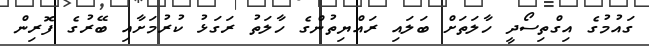
ގައުމުގެ އިގްތިސޯދީ ހާލަތަށް ބަލައި ރައްޔިތުންގެ ހާލަތު ރަގަޅު ކުރުމަށާއި ބޭރުގެ ފޮރިން